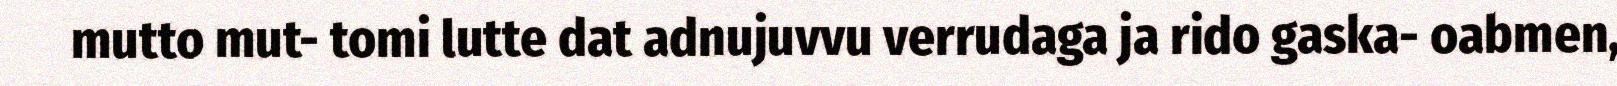
mutto mut- tomi lutte dat adnujuvvu verrudaga ja rido gaska- oabmen,